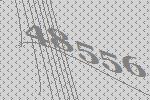
48556